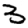
Digit: 3